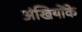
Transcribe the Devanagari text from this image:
अंखियोंके